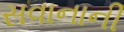
સવાનાની